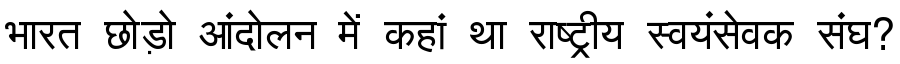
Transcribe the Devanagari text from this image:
भारत छोड़ो आंदोलन में कहां था राष्ट्रीय स्वयंसेवक संघ?